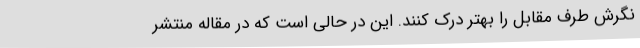
نگرش طرف مقابل را بهتر درک کنند. این در حالی است که در مقاله منتشر